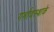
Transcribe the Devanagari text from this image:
गर्भावस्थाके